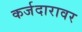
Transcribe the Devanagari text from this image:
कर्जदारावर